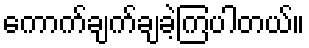
ကောက်ချက်ချခဲ့ကြပါတယ်။